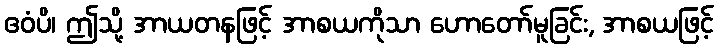
ဧဝံပိ၊ ဤသို့ အာယတနဖြင့် အာစယကိုသာ ဟောတော်မူခြင်း, အာစယဖြင့်